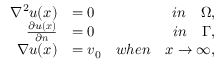
\begin{array} { r l r } { \nabla ^ { 2 } u ( \boldsymbol { x } ) } & { = 0 } & { i n \quad \Omega , } \\ { \frac { \partial u ( \boldsymbol { x } ) } { \partial \boldsymbol { n } } } & { = 0 } & { i n \quad \Gamma , } \\ { \nabla u ( \boldsymbol { x } ) } & { = \boldsymbol { v } _ { 0 } } & { w h e n \quad \boldsymbol { x } \rightarrow \infty , } \end{array}